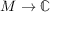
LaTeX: M \to \mathbb { C }